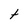
Character: t